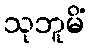
သုဘူမိံ